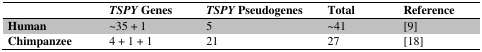
<table><thead><tr><td></td><td><b><i>TSPY</i> Genes</b></td><td><b><i>TSPY</i> Pseudogenes</b></td><td><b>Total</b></td><td><b>Reference</b></td></tr></thead><tbody><tr><td><b>Human</b></td><td>∼35 + 1</td><td>5</td><td>∼41</td><td>[9]</td></tr><tr><td><b>Chimpanzee</b></td><td>4 + 1 + 1</td><td>21</td><td>27</td><td>[18]</td></tr></tbody></table>